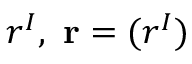
r ^ { I } , \ \mathbf { r } = ( r ^ { I } )